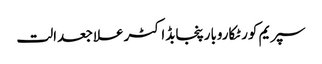
سپریم کورٹکاروبارپنجابڈاکٹرعلاجعدالت